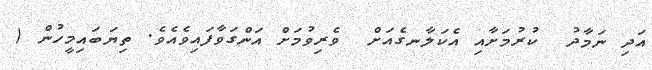
އަދި ނަމާދު  ކުރުމަށާއި އެކަލާނގެއަށް  ވެރިވުމަށް އަންގަވާފައިވެއެވެ. ތިޔަބައިމީހުން (